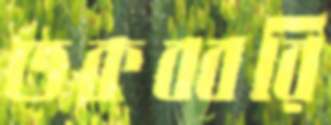
তকব্বরি